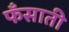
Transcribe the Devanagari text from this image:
फँसाती